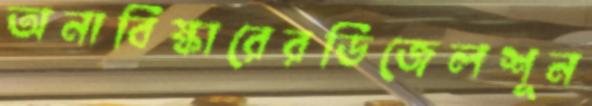
অনাবিষ্কারেরডিজেলশূন